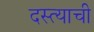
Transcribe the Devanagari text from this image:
दस्त्याची